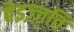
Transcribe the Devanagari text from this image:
बेइज़्ज़ति